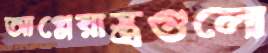
আগ্নেয়াস্ত্রগুলো